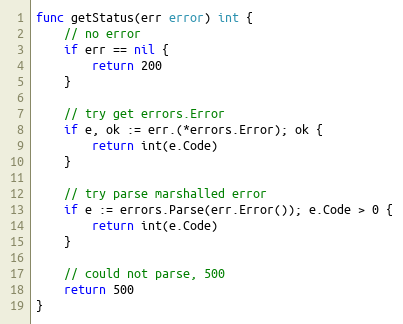
Language: Go
func getStatus(err error) int {
	// no error
	if err == nil {
		return 200
	}

	// try get errors.Error
	if e, ok := err.(*errors.Error); ok {
		return int(e.Code)
	}

	// try parse marshalled error
	if e := errors.Parse(err.Error()); e.Code > 0 {
		return int(e.Code)
	}

	// could not parse, 500
	return 500
}